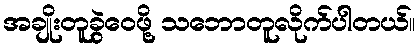
အချိုးတူခွဲဝေဖို့ သဘောတူလိုက်ပါတယ်။